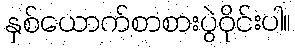
နှစ်ယောက်စာစားပွဲဝိုင်းပါ။